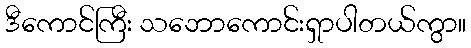
ဒီကောင်ကြီး သဘောကောင်းရှာပါတယ်ကွာ။